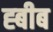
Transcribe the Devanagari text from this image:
ह्बीब